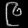
Digit: ၉